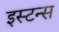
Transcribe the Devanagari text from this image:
इस्टन्स